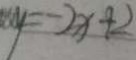
y = - 2 x + 2